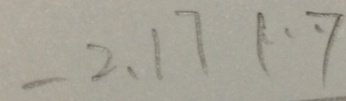
- 2 、 1 7 1 \cdots 7